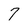
Character: 7